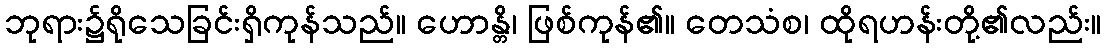
ဘုရား၌ရိုသေခြင်းရှိကုန်သည်။ ဟောန္တိ၊ ဖြစ်ကုန်၏။ တေသံစ၊ ထိုရဟန်းတို့၏လည်း။